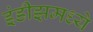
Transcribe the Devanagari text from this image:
इंडीझमध्ये